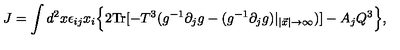
J = \int d ^ { 2 } x \epsilon _ { i j } x _ { i } \Bigl \{ 2 \mathrm { T r } [ - T ^ { 3 } ( g ^ { - 1 } \partial _ { j } g - ( g ^ { - 1 } \partial _ { j } g ) | _ { | \vec { x } | \rightarrow \infty } ) ] - A _ { j } Q ^ { 3 } \Bigr \} ,